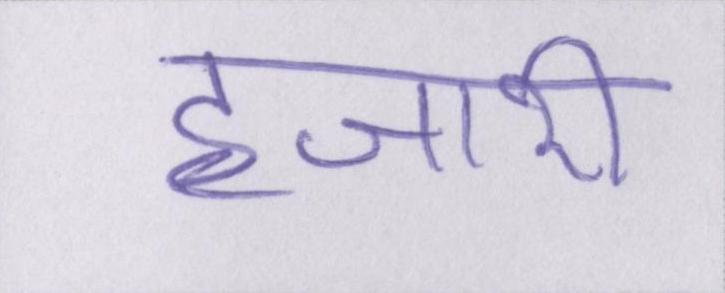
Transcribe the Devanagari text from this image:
हजारी